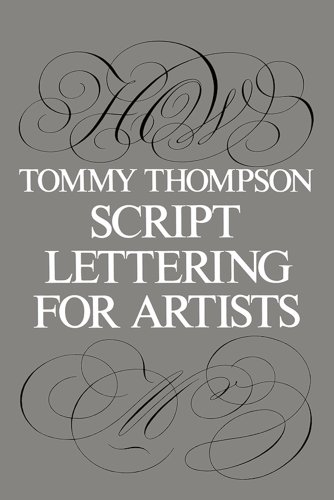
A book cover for Script Lettering for Artists (Lettering, Calligraphy, Typography); Tommy Thompson; Arts & Photography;